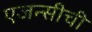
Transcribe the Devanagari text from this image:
एजन्सीची